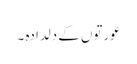
عورتوں کے دلدادہ ۔